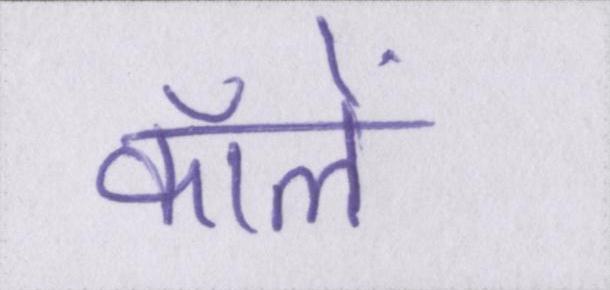
कॉलें